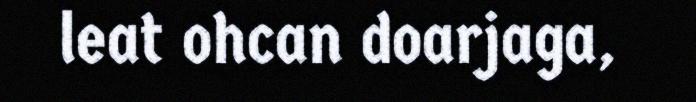
leat ohcan doarjaga,